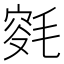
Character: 𣮯